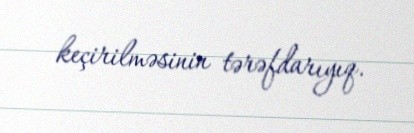
keçirilməsinin tərəfdarıyıq.